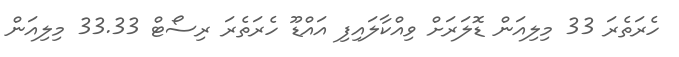
ހެރަތެރަ 33 މިލިއަން ޑޮލަރަށް ވިއްކާލައިފި އައްޑޫ ހެރަތެރަ ރިސޯޓް 33.33 މިލިއަން